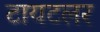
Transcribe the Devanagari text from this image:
टायटलर